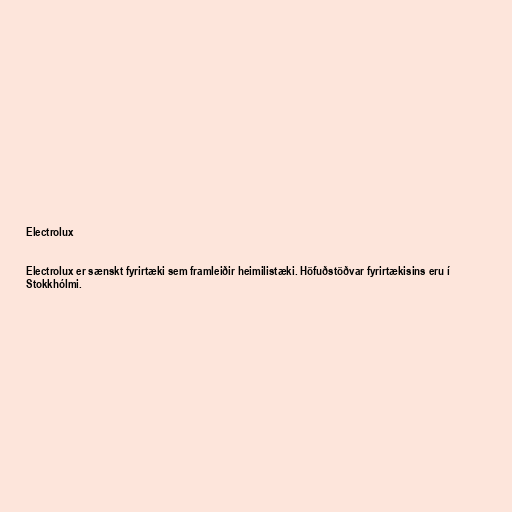
Electrolux

Electrolux er sænskt fyrirtæki sem framleiðir heimilistæki. Höfuðstöðvar fyrirtækisins eru í
Stokkhólmi.